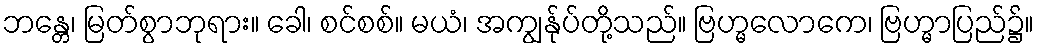
ဘန္တေ၊ မြတ်စွာဘုရား။ ခေါ၊ စင်စစ်။ မယံ၊ အကျွန်ုပ်တို့သည်။ ဗြဟ္မလောကေ၊ ဗြဟ္မာပြည်၌။